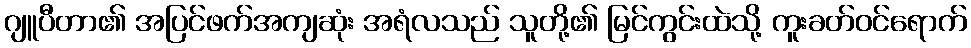
ဂျူပီတာ၏ အပြင်ဖက်အကျဆုံး အရံလသည် သူတို့၏ မြင်ကွင်းထဲသို့ ကူးခတ်ဝင်ရောက်